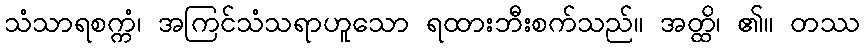
သံသာရစက္ကံ၊ အကြင်သံသရာဟူသော ရထားဘီးစက်သည်။ အတ္ထိ၊ ၏။ တဿ